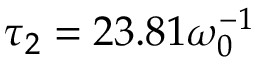
\tau _ { 2 } = 2 3 . 8 1 \omega _ { 0 } ^ { - 1 }